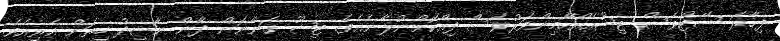
ފިހާރަ ސޭޓްވެސް ޓިޝޫއެއްހާމިންވަރުވެސް ދިއްކޮށްނުލާނެއެވެ. ޓިޝޫ ގަންނަން ދާން ނާޝިދު ހިތަށް އެރިއެވެ.